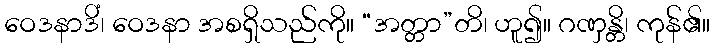
ဝေဒနာဒိံ၊ ဝေဒနာ အစရှိသည်ကို။ “အတ္တာ”တိ၊ ဟူ၍။ ဂဏှန္တိ၊ ကုန်၏။